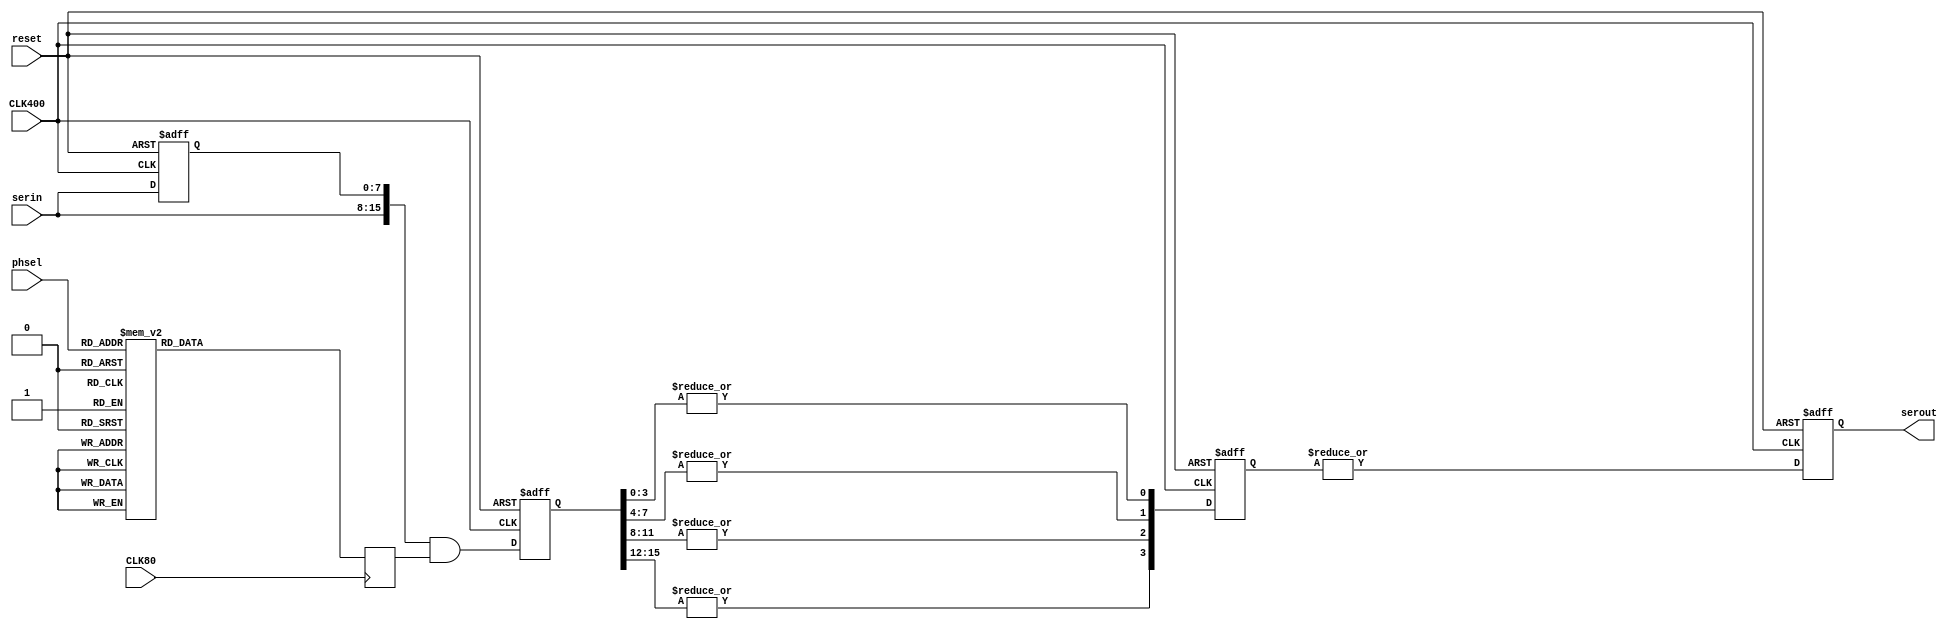
module phase_selector
(
	input CLK400,
	input CLK80,
	input reset,
	
	input [3:0]phsel,
	input [7:0]serin,
	output serout
);
	// --- expand fron 8 to 16 phases (serin -> ser) -------------------------
	reg [7:0]serdel;
	wire [15:0]ser = {serin, serdel};
	
	always @(posedge CLK400 or posedge reset)
	begin
		if (reset) serdel <= 0;
		else serdel <= serin;
	end
	
	// --- 4:16 decoder (phsel -> pos) ---------------------------------------
	reg [15:0]pos;
	always @(posedge CLK80)
	begin
		case (phsel)
			 4'd0: pos <= 16'b0000_0000_0000_0001;
			 4'd1: pos <= 16'b0000_0000_0000_0010;
			 4'd2: pos <= 16'b0000_0000_0000_0100;
			 4'd3: pos <= 16'b0000_0000_0000_1000;
			 4'd4: pos <= 16'b0000_0000_0001_0000;
			 4'd5: pos <= 16'b0000_0000_0010_0000;
			 4'd6: pos <= 16'b0000_0000_0100_0000;
			 4'd7: pos <= 16'b0000_0000_1000_0000;
			 4'd8: pos <= 16'b0000_0001_0000_0000;
			 4'd9: pos <= 16'b0000_0010_0000_0000;
			4'd10: pos <= 16'b0000_0100_0000_0000;
			4'd11: pos <= 16'b0000_1000_0000_0000;
			4'd12: pos <= 16'b0001_0000_0000_0000;
			4'd13: pos <= 16'b0010_0000_0000_0000;
			4'd14: pos <= 16'b0100_0000_0000_0000;
			4'd15: pos <= 16'b1000_0000_0000_0000;
		endcase
	end
	
	// --- demultiplexer 16:1 (3 stage pipeline) -----------------------------
	reg [15:0]stage1;
	reg [3:0]stage2;
	reg stage3;
	
	always @(posedge CLK400 or posedge reset)
	begin
		if (reset)
		begin
			stage1 <= 0;
			stage2 <= 0;
			stage3 <= 0;
		end
		else
		begin
			stage1 <= ser & pos;  // clock crossing (pos)
			stage2 <= {|stage1[15:12], |stage1[11:8], |stage1[7:4], |stage1[3:0]};
			stage3 <= |stage2;
		end
	end

	assign serout = stage3;
	
endmodule